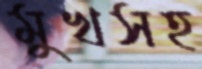
মুখসহ